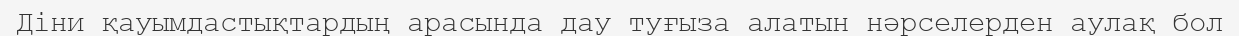
Діни қауымдастықтардың арасында дау туғыза алатын нәрселерден аулақ бол